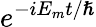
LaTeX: e^{-iE_{m}t/\hslash}